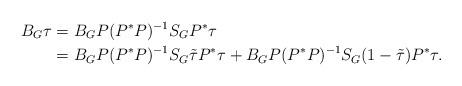
LaTeX: \begin{align*}B_G\tau&=B_G P(P^\ast P)^{-1}S_GP^\ast\tau\\&=B_G P(P^\ast P)^{-1}S_G\tilde{\tau}P^\ast\tau+B_G P(P^\ast P)^{-1}S_G(1-\tilde{\tau})P^\ast\tau.\end{align*}